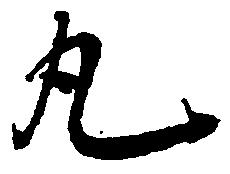
丸